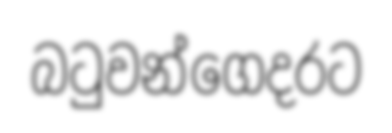
බටුවන්ගෙදරට